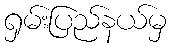
ရှမ်းပြည်နယ်မှ